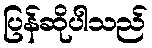
ပြန်ဆိုပါသည်